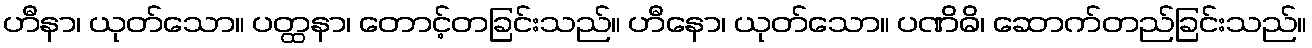
ဟီနာ၊ ယုတ်သော။ ပတ္ထနာ၊ တောင့်တခြင်းသည်။ ဟီနော၊ ယုတ်သော။ ပဏိဓိ၊ ဆောက်တည်ခြင်းသည်။